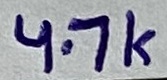
Text: 4.7K